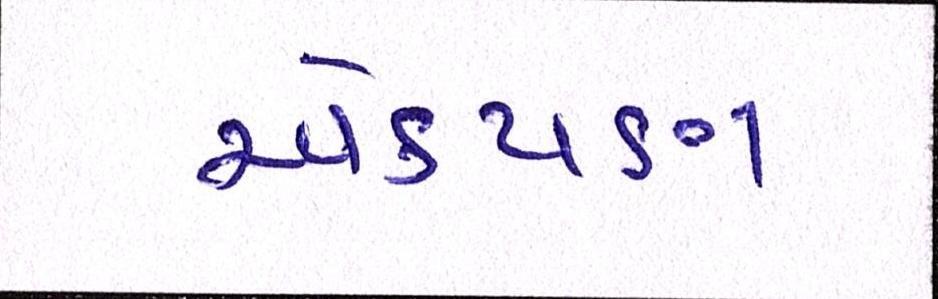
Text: એકપણ